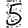
Digit: 5